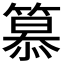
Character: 𥲸